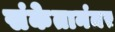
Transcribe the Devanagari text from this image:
संकेतानंतर